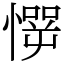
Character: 㦍